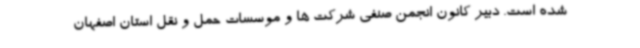
شده است. دبیر کانون انجمن صنفی شرکت ها و موسسات حمل و نقل استان اصفهان